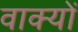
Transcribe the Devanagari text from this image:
वाक्‍यों